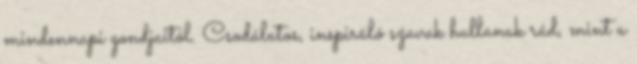
mindennapi gondjaitól. Csodálatos, inspiráló szavak hullanak rád, mint a